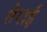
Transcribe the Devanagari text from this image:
तेराई